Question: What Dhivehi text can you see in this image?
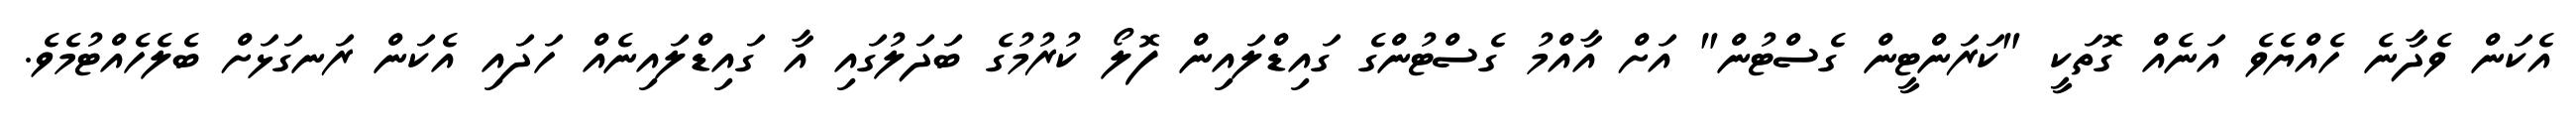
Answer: އެކަން ވެދާނެ ހެއްޔެވެ އަނެއް ގޮތަކީ "ކަރަންޓީން ގެސްޓުން" އަށް އާއްމު ގެސްޓުންގެ ގައިޑްލައިން ފޮލޯ ކުރުމުގެ ބަދަލުގައި އާ ގައިޑްލައިނެއް ހަދައި އެކަން ރަނގަޅަށް ބެލެހެއްޓުމެވެ.